Report on horse surra - Volume I
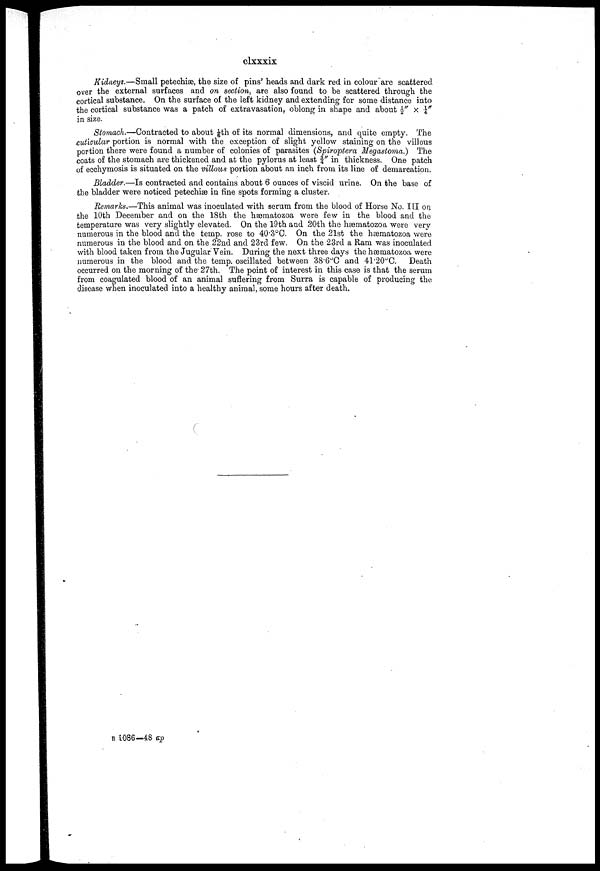
clxxxix
Kidneys.—Small petechiæ, the size of pins' heads and dark red in colour are scattered
over the external surfaces and on section, are also found to be scattered through the
cortical substance. On the surface of the left kidney and extending for some distance into
the cortical substance was a patch of extravasation, oblong in shape and about ½" × ¼"
in size.
Stomach.—Contracted to about 1/6th of its normal dimensions, and quite empty. The
cuticular portion is normal with the exception of slight yellow staining on the villous
portion there were found a number of colonies of parasites (Spiroptera Megastoma.) The
coats of the stomach are thickened and at the pylorus at least ¾" in thickness. One patch
of ecchymosis is situated on the villous portion about an inch from its line of demarcation.
Bladder.—Is contracted and contains about 6 ounces of viscid urine. On the base of
the bladder were noticed petechiæ in fine spots forming a cluster.
Remarks.—This animal was inoculated with serum from the blood of Horse No. III on.
the 10th December and on the 18th the hæmatozoa were few in the blood and the
temperature was very slightly elevated. On the 19th and 20th the hæmatozoa were very
numerous in the blood and the temp, rose to 40.3°C. On the 21st the hæmatozoa were
numerous in the blood and on the 22nd and 23rd few. On the 23rd a Ram was inoculated
with blood taken from the Jugular Vein. During the next three days the hæmatozoa were
numerous in the blood and the temp, oscillated between 38.6°C and 41.20°C. Death
occurred on the morning of the 27th. The point of interest in this case is that the serum
from coagulated blood of an animal suffering from Surra is capable of producing the
disease when inoculated into a healthy animal, some hours after death.
B 1086—48 ap